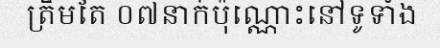
ត្រឹមតែ ០៧នាក់ប៉ុណ្ណោះនៅទូទាំង